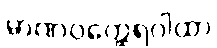
မာဏဝတ္ထေရဂါထာ